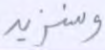
وسنزيد